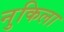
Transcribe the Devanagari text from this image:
नुकिला